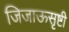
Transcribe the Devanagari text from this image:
जिजाऊसृष्टी